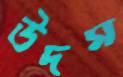
উদম